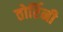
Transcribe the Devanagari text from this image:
तोर्रिनी